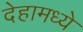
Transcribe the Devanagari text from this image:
देहामध्ये